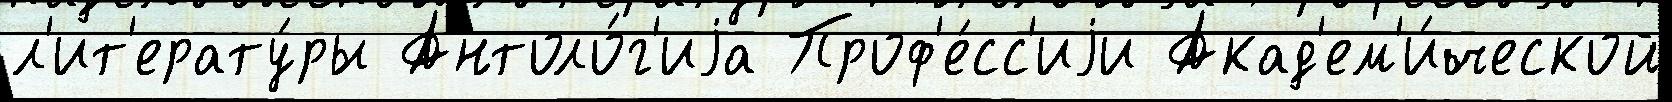
л'ит'ерату́ры Антоло́г'иjа Проф'е́сс'иjи Акад'ем'и́ческой